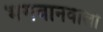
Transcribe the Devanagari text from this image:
भगवानवाला